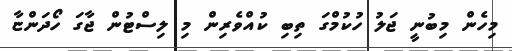
މިހެން މިބުނީ ޖަލު ހުކުމްގަ ތިބި ކުއްވެރިން މި ލިސްޓުން ޖާގަ ހޯދަންޏާ